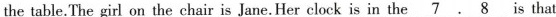
the table.The girl on the chair is Jane.Her clock is in the\underline{7}.\underline{8} s that